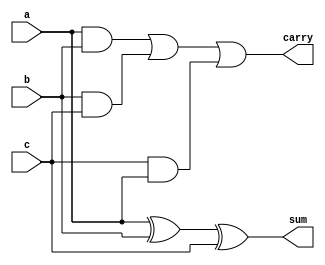
module Adder(a,b,c,sum,carry);
input a,b,c;
output sum,carry;
assign sum = a^b^c;
assign carry = (a&b)|(b&c)|(c&a);
endmodule